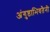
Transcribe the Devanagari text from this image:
अंगुष्ठाभिवतैनी